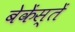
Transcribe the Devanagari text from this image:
बेकेंस्तें